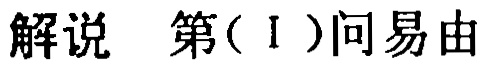
解说 第(Ⅰ)问易由